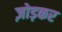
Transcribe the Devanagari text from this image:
ज़ोड़कर